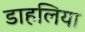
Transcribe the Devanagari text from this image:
डाहलिया